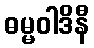
ဓမ္မဝါဒိနီ